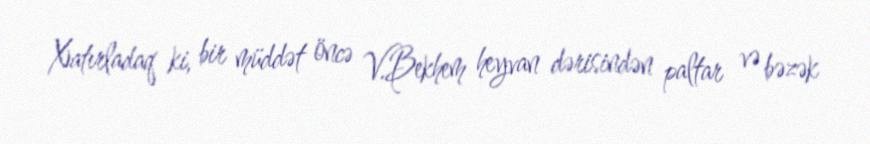
Xatırladaq ki, bir müddət öncə V.Bekhem heyvan dərisindən paltar və bəzək